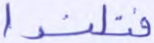
فنلندا